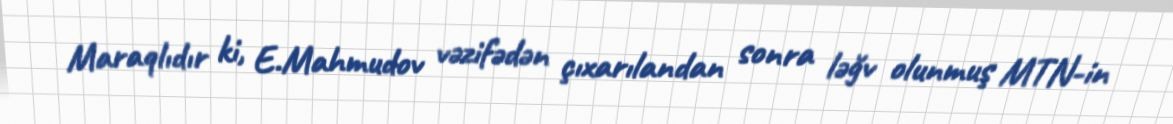
Maraqlıdır ki, E.Mahmudov vəzifədən çıxarılandan sonra ləğv olunmuş MTN-in